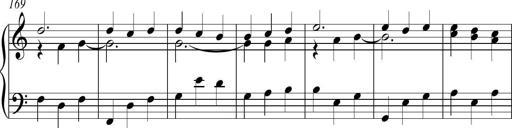
Title: Piano Sonatina in C
Composer: Daniel LÃ©o Simpson
Key: C major